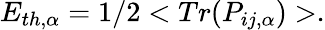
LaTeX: E_{th,\alpha}=1/2<Tr(P_{ij,\alpha})>.